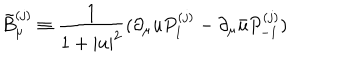
\tilde { B } _ { \mu } ^ { ( j ) } \equiv \frac { 1 } { 1 + | u | ^ { 2 } } ( \partial _ { \mu } u P _ { 1 } ^ { ( j ) } - \partial _ { \mu } \bar { u } P _ { - 1 } ^ { ( j ) } )